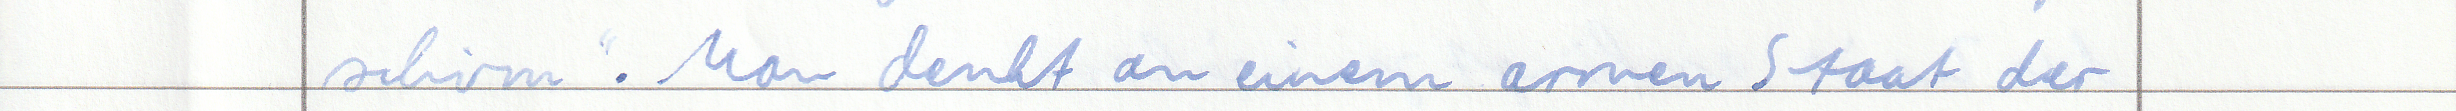
schirm ". Man denkt an einem armen Staat der